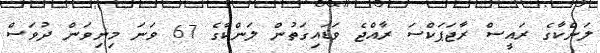
ލަންކާގެ ރައީސް ރާޖަޕަކްސަ ރާއްޖެ ވަޑައިގަތުން ލަންކާގެ 67 ވަނަ މިނިވަން ދުވަސް